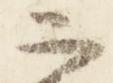
二